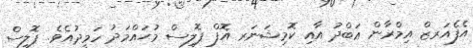
އެފެއަރޒް އިމްރާން ޢަބްދު އާއި ކޮމިޝަނަރ އޮފް ޕޮލިސް މުޙައްމަދު ހަމީދުއެވެ. ޕޮލިސް